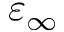
\varepsilon _ { \infty }